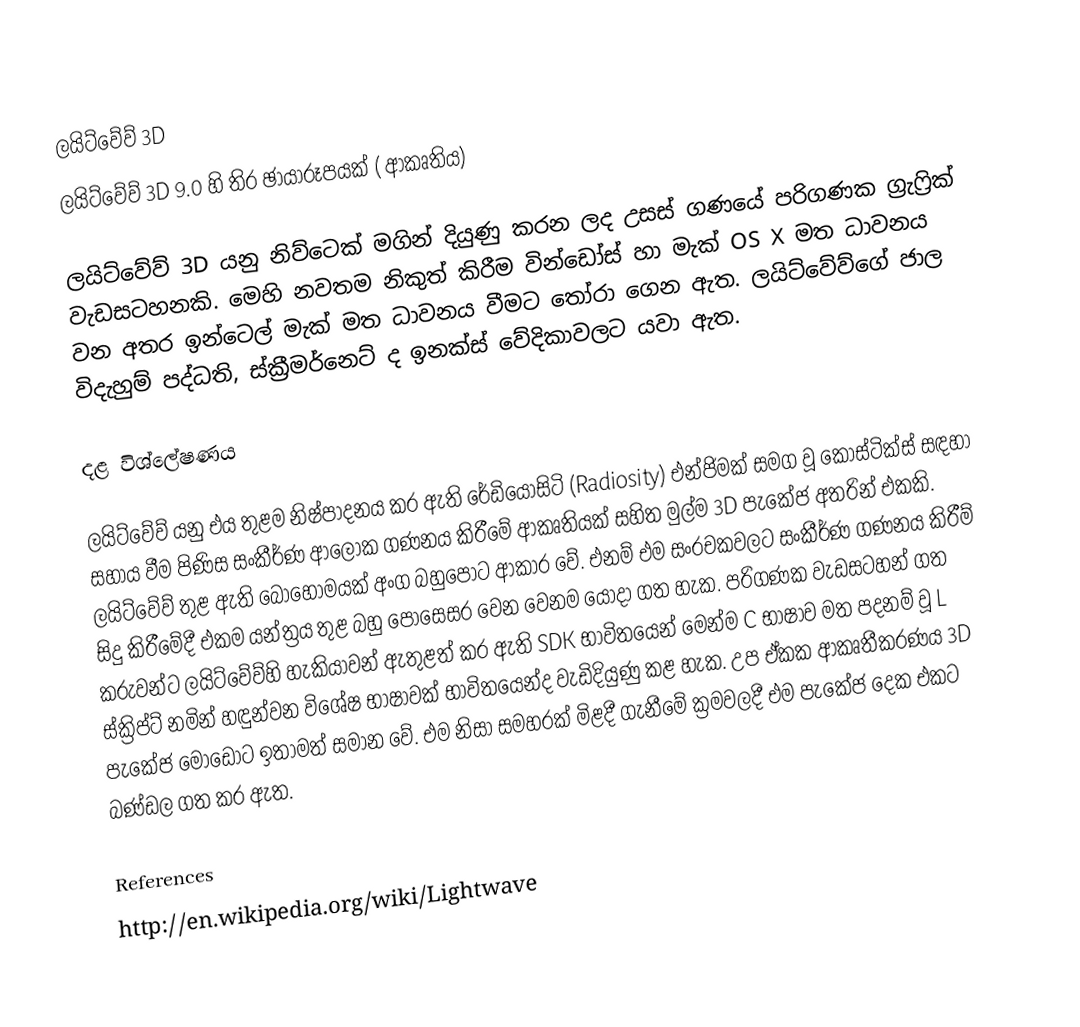
ලයිට්වේව් 3D
ලයිට්වේව් 3D 9.0 හි තිර ඡායාරූපයක් ( ආකෘතිය)

ලයිට්වේව් 3D යනු නිව්ටෙක් මගින් දියුණු කරන ලද උසස් ගණයේ පරිගණක ග්‍රැෆ්‍රික් වැඩසටහනකි. මෙහි නවතම නිකුත් කිරීම වින්ඩෝස් හා මැක්  OS X  මත ධාවනය වන අතර ඉන්ටෙල් මැක් මත ධාවනය වීමට තෝරා ගෙන ඇත. ලයිට්වේව්ගේ ජාල විදැහුම් පද්ධති, ස්ක්‍රීමර්නෙට් ද ඉනක්ස් වේදිකාවලට යවා ඇත.

දළ විශ්ලේෂණය

ලයිට්වේව් යනු එය තුළම නිෂ්පාදනය කර ඇති රේඩියෝසිටි (Radiosity) එන්ජිමක් සමග වූ  කෝස්ටික්ස් සඳහා සහාය වීම පිණිස සංකීර්ණ ආලෝක ගණනය කිරීමේ ආකෘතියක් සහිත මුල්ම 3D පැකේජ අතරින් එකකි. ලයිට්වේව් තුළ ඇති බොහෙ‍ාමයක් අංග බහුපොට ආකාර වේ. එනම් එම සංරචකවලට සංකීර්ණ ගණනය කිරීම් සිදු කිරීමේදී එකම යන්ත්‍රය තුළ බහු පොසෙසර  වෙන වෙනම යොදා ගත හැක. පරිගණක වැඩසටහන් ගත කරුවන්ට ලයිට්වේව්හි හැකියාවන් ඇතුළත් කර ඇති SDK භාවිතයෙන් මෙන්ම C භාෂාව මත පදනම් වූ L ස්ක්‍රිප්ට් නමින් හඳුන්වන විශේෂ භාෂාවක් භාවිතයෙන්ද වැඩිදියුණු කළ හැක. උප ඒකක ආකෘතීකරණය 3D පැකේජ මොඩෝට ඉතාමත් සමාන වේ. එම නිසා සමහරක් මිළදී ගැනීමේ ක්‍රමවලදී එම පැකේජ දෙක එකට බණ්ඩල ගත කර ඇත.

References
http://en.wikipedia.org/wiki/Lightwave